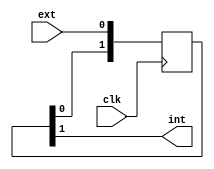
module sync (
    input clk,
    input ext,
    output int,
);

reg [1:0] buffer;

always @(posedge clk) begin
    buffer[0] <= ext;
    buffer[1] <= buffer[0];
end

assign int = buffer[1];

endmodule